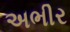
અભીર